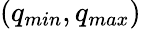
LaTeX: (q_{min},q_{max})